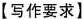
【写作要求]